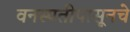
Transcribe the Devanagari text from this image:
वनस्पतीपासूनचे